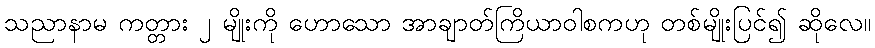
သညာနာမ ကတ္တား ၂ မျိုးကို ဟောသော အာချာတ်ကြိယာဝါစကဟု တစ်မျိုးပြင်၍ ဆိုလေ။